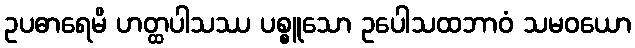
ဥပဓာရေမိ ဟတ္ထပါသဿ ပစ္စူသော ဥပေါသထဘာဝံ သမဝယော